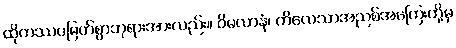
ထိုကဿပမြတ်စွာဘုရားအားလည်း။ ဝိမလာနံ၊ ကိလေသာအညစ်အကြေးတို့မှ